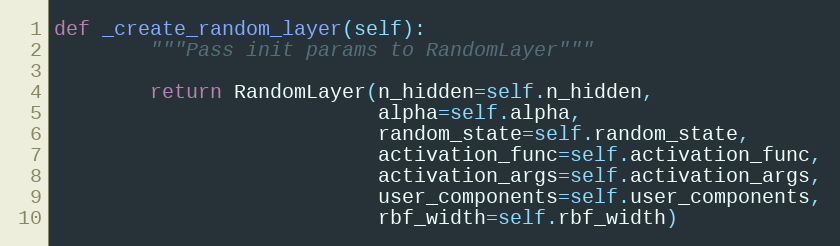
Language: Python
def _create_random_layer(self):
        """Pass init params to RandomLayer"""

        return RandomLayer(n_hidden=self.n_hidden,
                           alpha=self.alpha,
                           random_state=self.random_state,
                           activation_func=self.activation_func,
                           activation_args=self.activation_args,
                           user_components=self.user_components,
                           rbf_width=self.rbf_width)